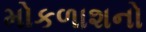
મોકળાશનો